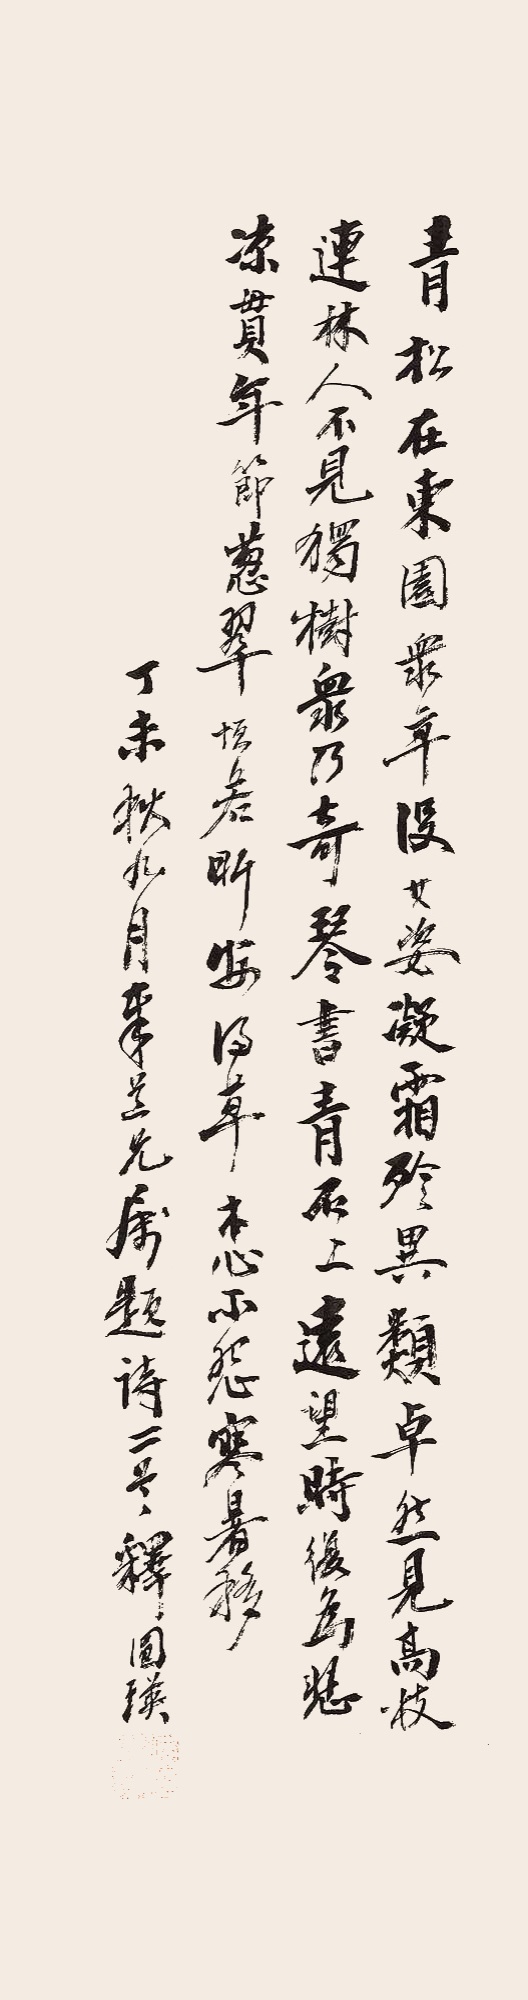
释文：青松在东园，众草没其姿。凝霜殄异类，卓然见高枝。连林人不见，独树众乃奇。琴书青石上，远望时复为。悲凉贯年节，葱翠恒若斯。安得草木心，不怨寒暑移。丁未秋九月奉道兄属，题诗二首，释圆瑛。